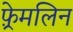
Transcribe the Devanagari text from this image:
फ़्रेमलिन